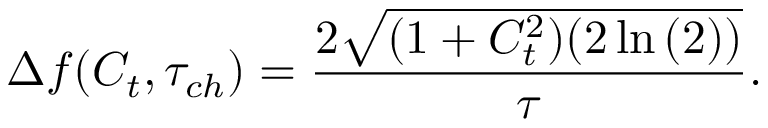
\Delta f ( C _ { t } , \tau _ { c h } ) = \frac { 2 \sqrt { ( 1 + C _ { t } ^ { 2 } ) ( 2 \ln { ( 2 ) } ) } } { \tau } .